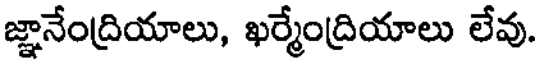
జ్ఞానేంద్రియాలు, ఖర్మేంద్రియాలు లేవు.